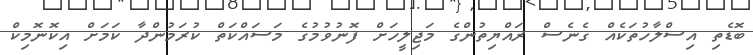
ބޮޑެތި އިސްލާހުތަކެއް ގެނެސް ރައްޔިތުންގެ މަޖިލީހަށް ފޮނުވުމުގެ މަސައްކަތް ކުރަމުންދާ ކަމަށް އިކޮނޮމިކް